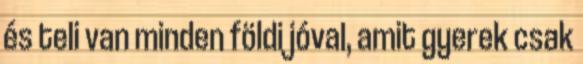
és teli van minden földi jóval, amit gyerek csak